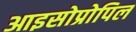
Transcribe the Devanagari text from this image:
आइसोप्रोपिल